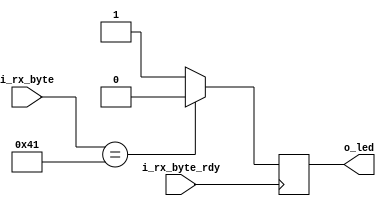
module rxtester
	(
		input i_rx_byte_rdy,
		input [7:0] i_rx_byte,
		output o_led
	);
	
	reg r_led = 1'b1;
	
	always @(posedge i_rx_byte_rdy)
		begin
			if (i_rx_byte == 65)
				r_led = 1'b0;
			else
				r_led = 1'b1;
		end
	
	assign o_led = r_led;
	
endmodule